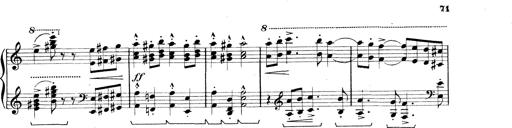
Title: Rapsodie: 19 ungheresi, 1 spagnuola
Composer: Franz Liszt